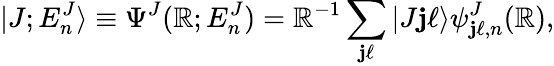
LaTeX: |J;E_{n}^{J}\rangle\equiv\Psi^{J}(\mathbb{R};E_{n}^{J})=\mathbb{R}^{-1}\sum_{\mathbf{j}\ell}|J\mathbf{j}\ell\rangle\psi_{\mathbf{j}\ell,n}^{J}(\mathbb{R}),